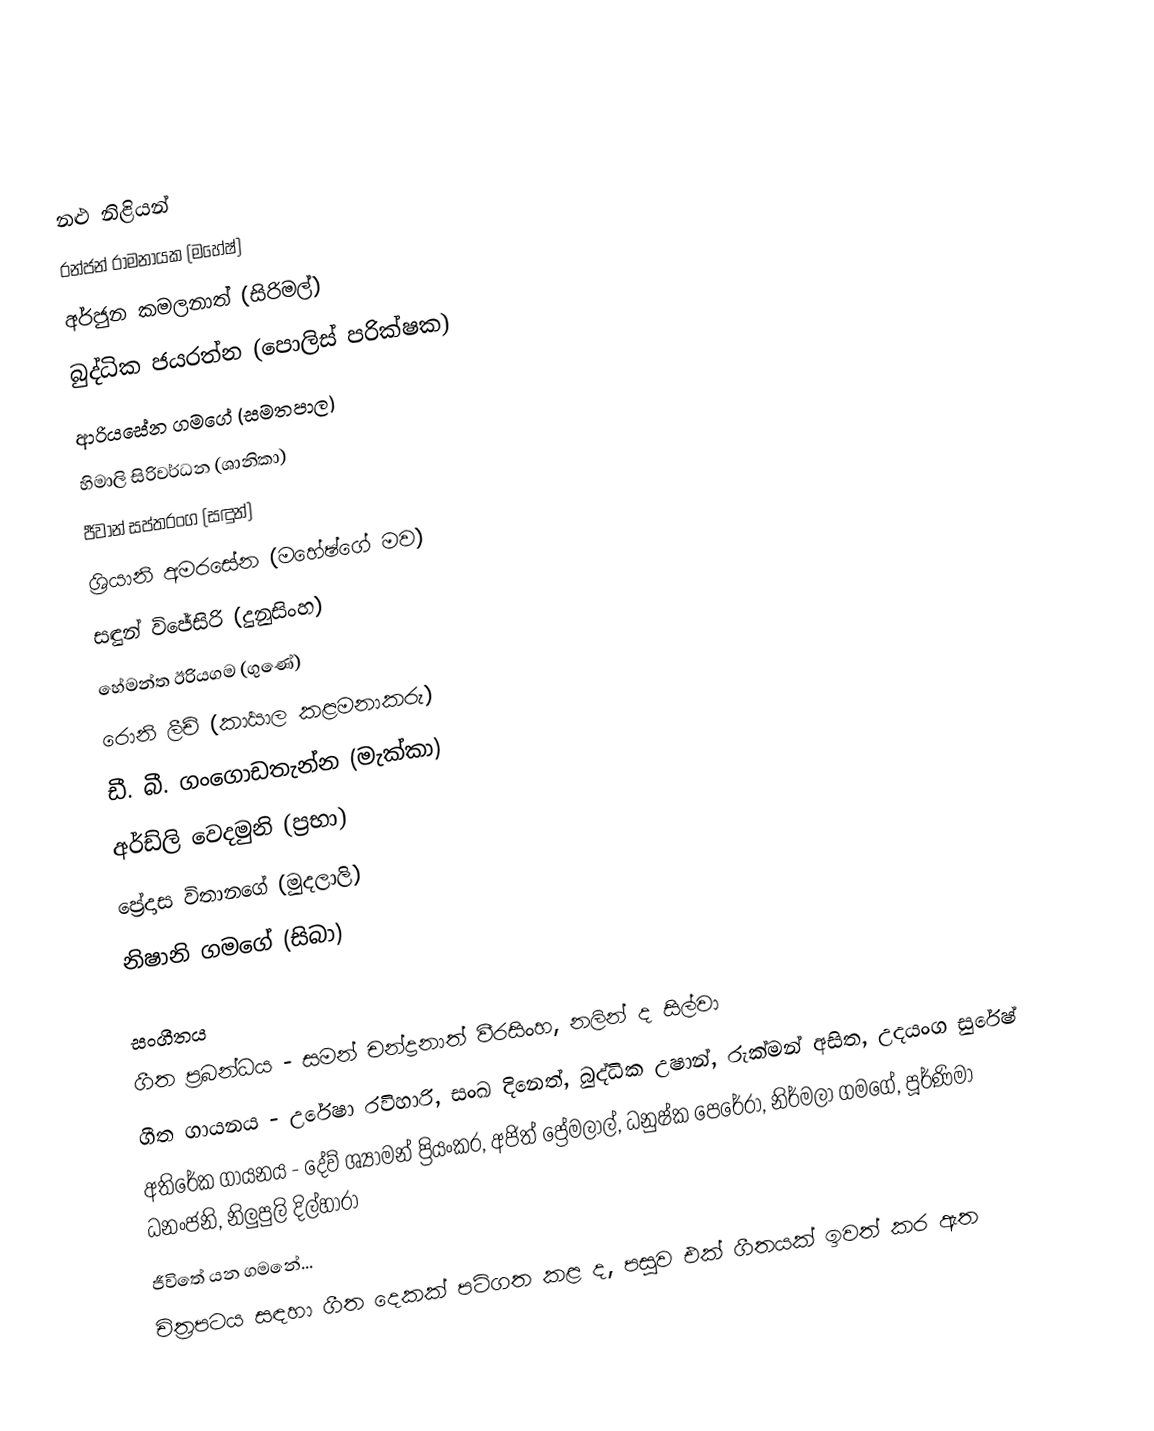

නළු නිළියන්
රන්ජන් රාමනායක (මහේෂ්)
අර්ජුන කමලනාත් (සිරිමල්)
බුද්ධික ජයරත්න (පොලිස් පරික්ෂක)
ආරියසේන ගමගේ (සමතපාල)
හිමාලි සිරිවර්ධන (ශානිකා)
ජීවාන් සප්තරංග (සඳුන්)
ශ්‍රියානි අමරසේන (මහේෂ්ගේ මව)
සඳුන් විජේසිරි (දුනුසිංහ)
හේමන්ත ඊරියගම (ගුණේ)
රොනි ලීච් (කාර්‍යාල කළමනාකරු)
ඩී. බී. ගංගොඩතැන්න (මැක්කා)
අර්ඩ්ලි වෙදමුනි (ප්‍රභා)
ප්‍රේදාස විතානගේ (මුදලාලි)
නිෂානි ගමගේ (සිබා)

සංගීතය
ගීත ප්‍රබන්ධය - සමන් චන්ද්‍රනාත් වීරසිංහ, නලින් ද සිල්වා
ගීත ගායනය - උරේෂා රවිහාරි, සංඛ දිනෙත්, බුද්ධික උෂාන්, රුක්මන් අසිත, උදයංග සුරේෂ්
අතිරේක ගායනය - දේව් ශ්‍යාමන් ප්‍රියංකර, අජිත් ප්‍රේමලාල්, ධනුෂ්ක පෙරේරා, නිර්මලා ගමගේ, පූර්ණිමා ධනංජනි, නිලුපුලි දිල්හාරා
ජීවිතේ යන ගමනේ...
චිත්‍රපටය සඳහා ගීත දෙකක් පටිගත කළ ද, පසුව එක් ගීතයක් ඉවත් කර ඇත